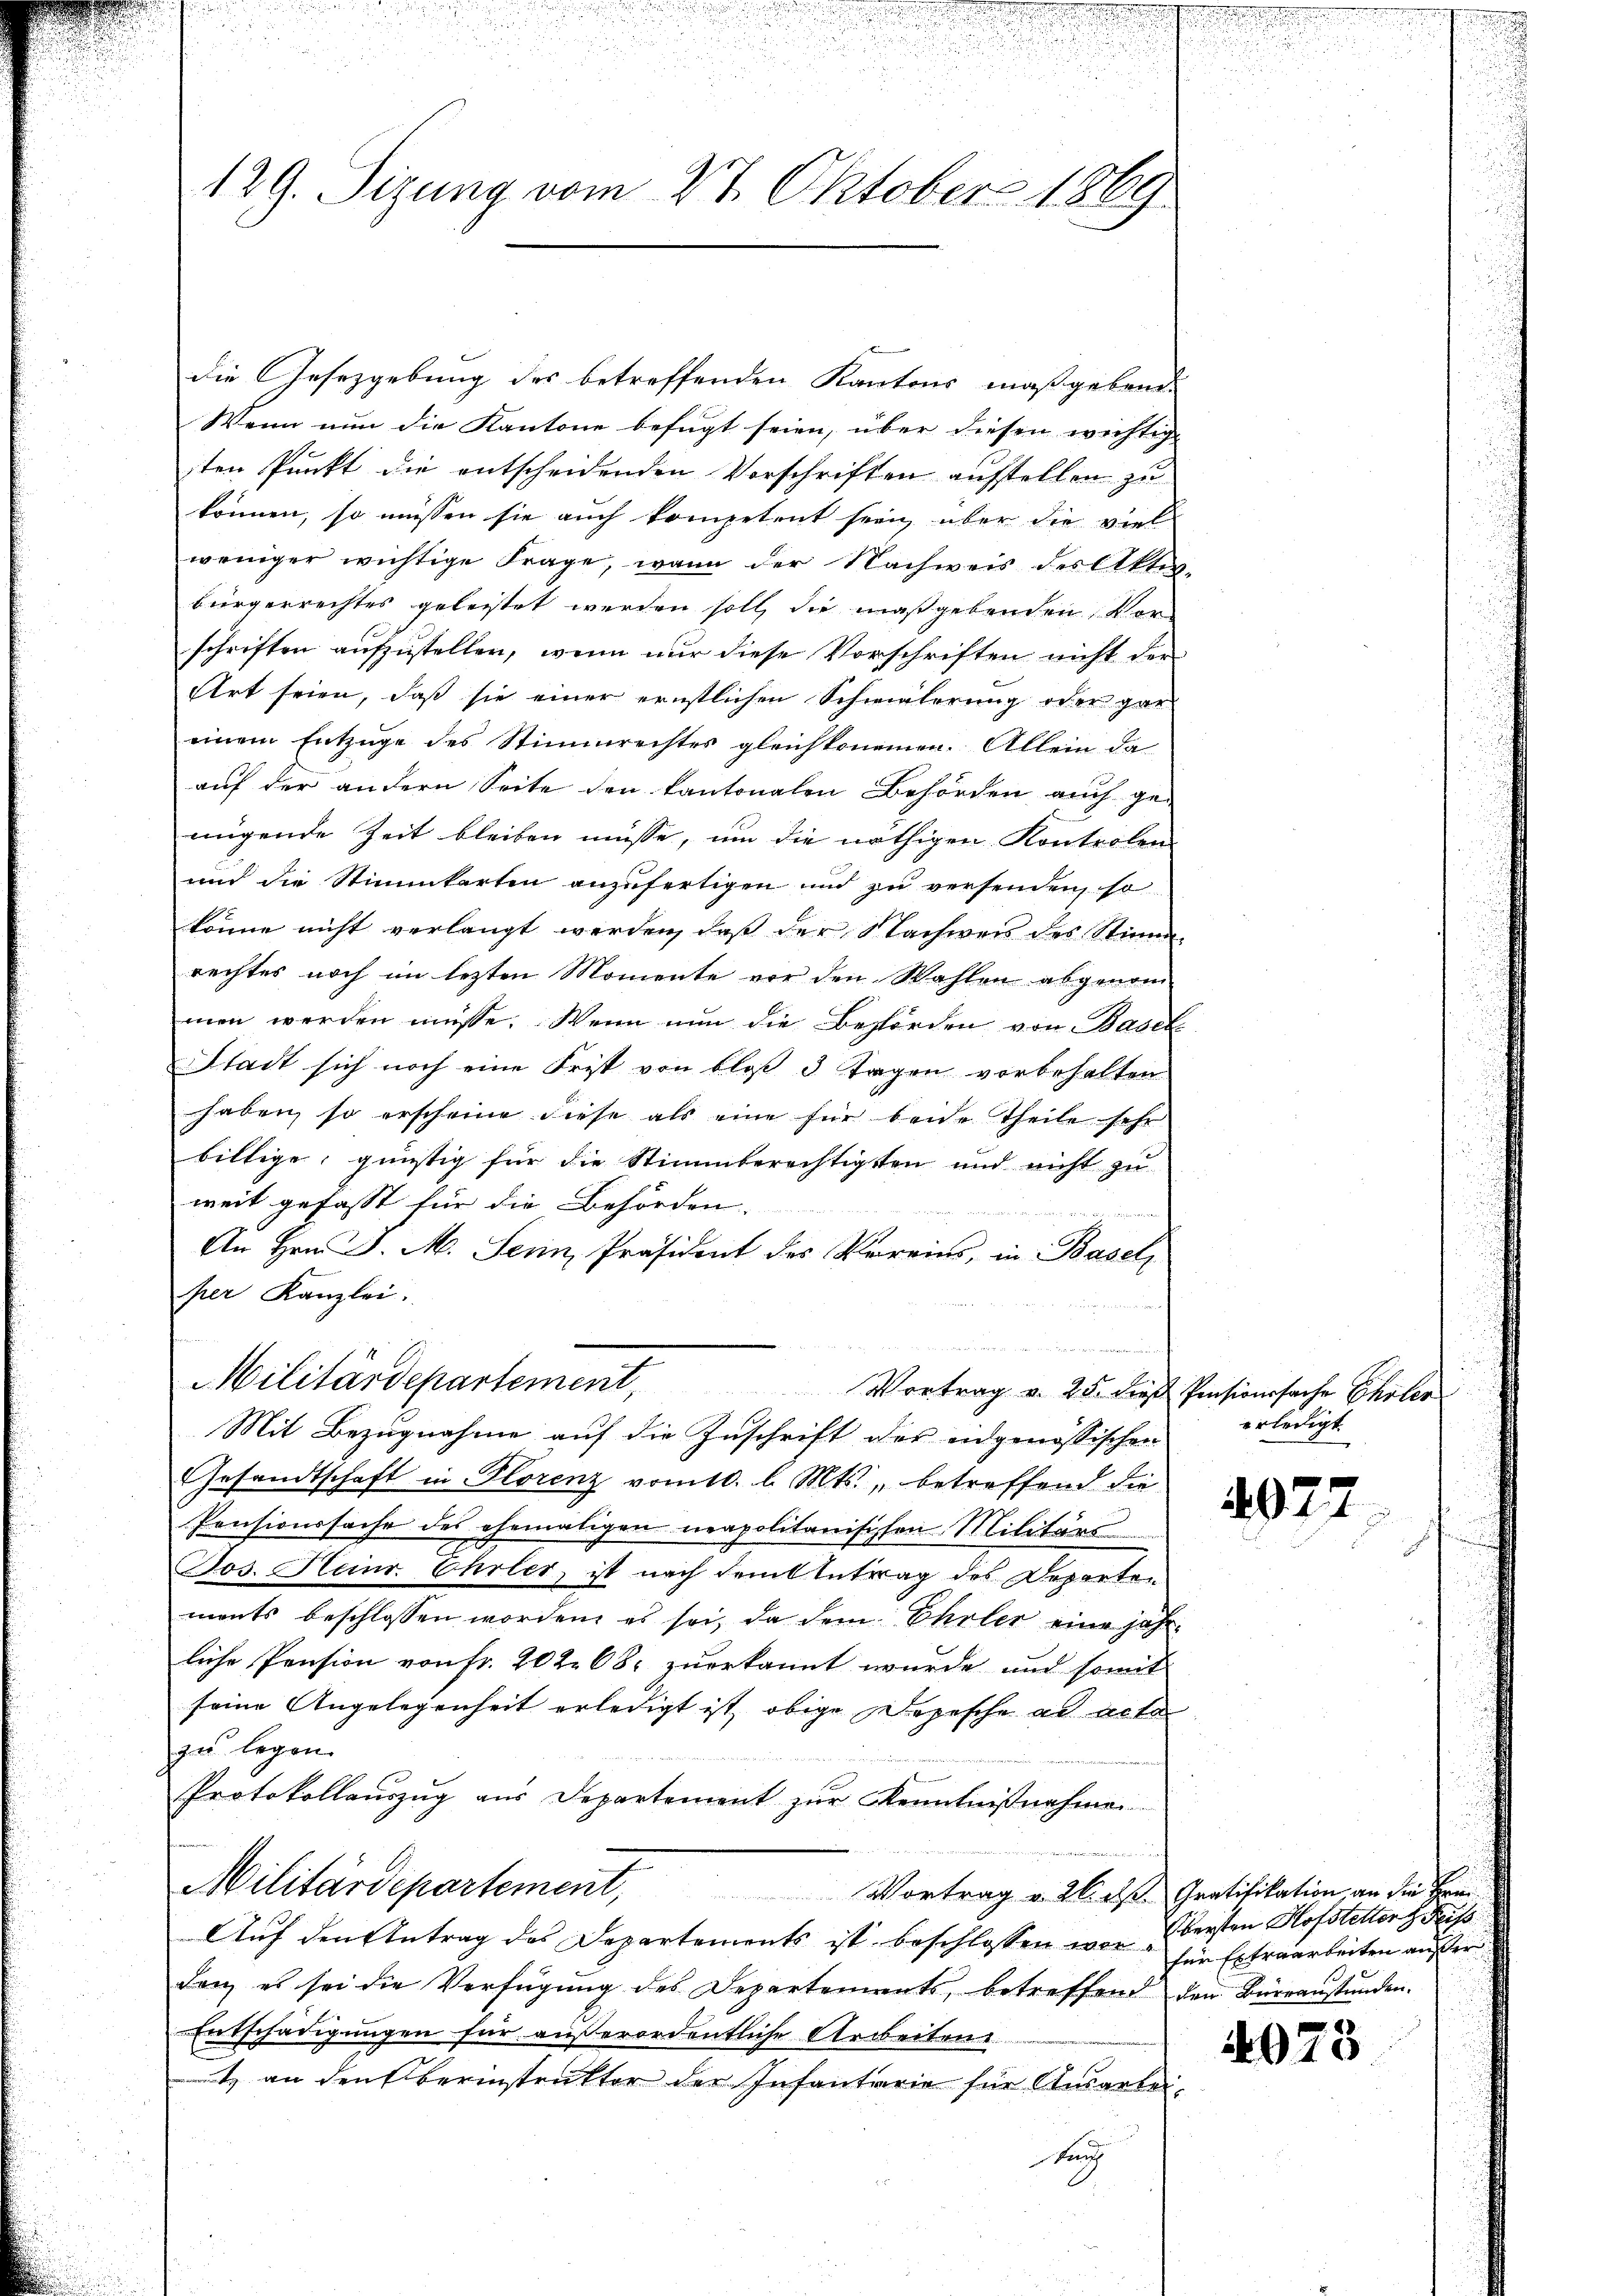
129. Sizung vom 24. Oktober 1869

die Gesetzgebung des betreffenden Kantons maßgebende
Wenn nun die Kantone befugt seien, über diesen wichtig
sten Punkt die entscheidenden Vorschriften aufstellen zu
können, so müssen sie auch kompetent sein, über die viel
weniger wichtige Frage, wenn der Nachweis des Akten.
bürgerrechtes geleistet werden soll, die maßgebenden Vor-
schriften aufzustellen, wenn nur diese Vorschriften nicht der
Art seien, daß sie einer ernstlichen Schwelerung oder gar
einem Entzüge des Stimmrechtes gleichkommen. Allein da
aŭf der andern Seite den Kantonalen Behörden auch ge-
nügende Zeit bleiben müsse, um die nöthigen Kontrolen
und die Stimmkarten anzufertigen und zu versenden, so
könne nicht verlangt werden, daß der Nachweis des Stimm-
rechtes noch im lezten Momente vor den Wahlen abgenommen werden müsse. Wenn nun die Behörden von Basel
Stadt sich noch eine Frist von bloß 3 Tagen vorbehalten
haben, so erscheine diese als eine für beide Theile sehr
billige, günstig für die Stimmberechtigsten und nicht zu
weit gefasst für die Behörden. |
An Hrn. J. M. Sein Präsident des Vereins, in Basel
per Kanzlei.
Militärdepartement,
Vortrag v. 25. dies Pensionssache Eheler
Mit Bezugnahme auf die Zuschrift des eidgenössischen
Gesandtschaft in Florenz vom 10. l. Mts., betreffend die
Pensionssache des ehemaligen neapolitanischen Militärs
Jos. Heinr Ehrler, ist nach dem Antrag des Departen
ments beschlossen worden, es sei, da dem Ehrler eine jährliche Pension von fr. 202. 68. zuerkannt wurde und somit
seine Angelegenheit erledigt ist, obige Depesche ad acta
zu legen.
Protokollauszug aus Departement zur Kenntnißnahme
 u
Militärdepartement, Vortrag v. M. des Gratifikation, an die Erinn
Auf den Antrag des Departements ist beschlossen war ersten Hofstetter dass
den, es sei die Verfügŭng des Departements, betreffend den Büreaŭstunden.
Entschädigungen für außerordentliche Arbeiten
itz an den Oberinstruktor der Infantarie für Ausarbeitung

.

d

erledigt

4927

für Extraarbeiten außer¬

4023